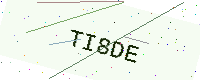
Text: TI8DE